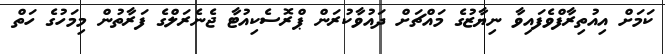
ކަމަށް އިއުތިރާފްވެފައިވާ ނިޔާޒުގެ މައްޗަށް ދައުވާކުރަން ޕްރޮސެކިއުޓާ ޖެނެރަލްގެ ފަރާތުން މިމަހުގެ ހަތް